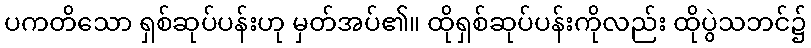
ပကတိသော ရှစ်ဆုပ်ပန်းဟု မှတ်အပ်၏။ ထိုရှစ်ဆုပ်ပန်းကိုလည်း ထိုပွဲသဘင်၌